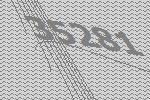
35281